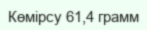
Көмірсу 61,4 грамм